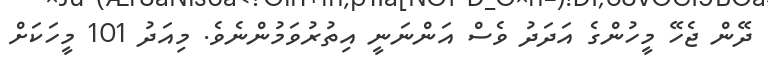
ދޭން ޖެހޭ މީހުންގެ އަދަދު ވެސް އަންނަނީ އިތުރުވަމުންނެވެ. މިއަދު 101 މީހަކަށް